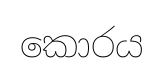
කොරය